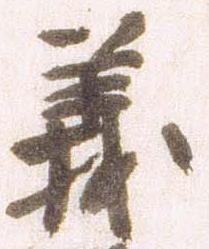
義